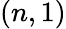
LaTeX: (n,1)